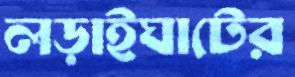
লড়াইঘাটের